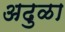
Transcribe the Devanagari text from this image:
अढुळा